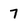
Character: 7